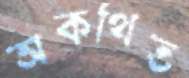
অকথিত